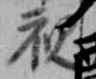
視